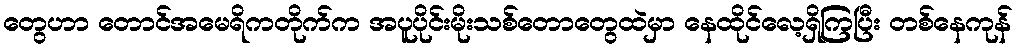
တွေဟာ တောင်အမေရိကတိုက်က အပူပိုင်းမိုးသစ်တောတွေထဲမှာ နေထိုင်လေ့ရှိကြပြီး တစ်နေကုန်